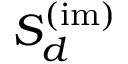
{ \cal S } _ { d } ^ { ( \mathrm { i m ) } }